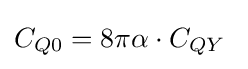
C_{Q0}=8\pi \alpha \cdot C_{QY}\